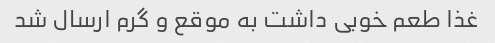
غذا طعم خوبی داشت به موقع و گرم ارسال شد